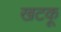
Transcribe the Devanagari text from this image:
खटकू